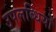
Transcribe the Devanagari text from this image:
उपलब्‍धियों